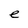
Character: e